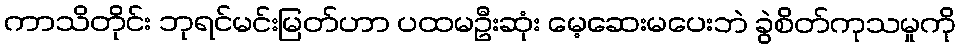
ကာသိတိုင်း ဘုရင်မင်းမြတ်ဟာ ပထမဦးဆုံး မေ့ဆေးမပေးဘဲ ခွဲစိတ်ကုသမှုကို